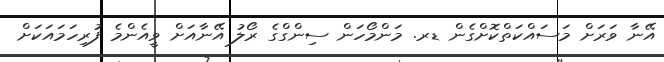
އޭނާ ވަރަށް މަސައްކަތްކޮށްގެން ޑރ. މަންމޯހަން ސިންގްގެ ރޯލު އޭނާއަށް ވީއެންމެ ފުރިހަމައަކަށް